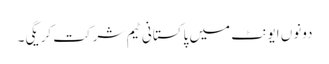
دونوں ایونٹ میں پاکستانی ٹیم شرکت کریگی۔